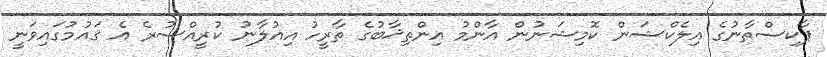
ޕާކިސްތާނުގެ އިލެކްޝަން ކޮމިޝަނުން އާންމު އިންތިޚާބުގެ ތާރީހު އިއުލާނު ކުރީއްސުރެ އެ ޤައުމުގައިވަނީ